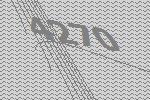
4270